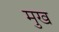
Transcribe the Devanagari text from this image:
मुख्‍ा